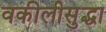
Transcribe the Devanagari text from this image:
वकीलीसुद्धा